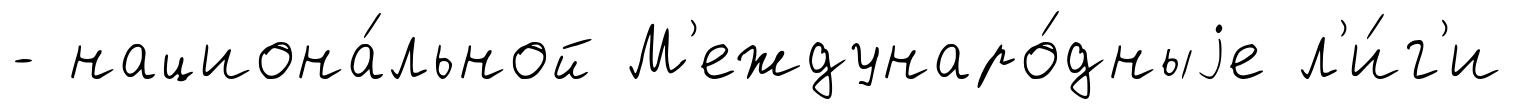
- национа́льной М'еждунаро́дныjе л'и́г'и